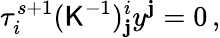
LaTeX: \tau_{i}^{s+1}(\mathsf{K}^{-1})_{\mathbf{j}}^{i}y^{\mathbf{j}}=0\, ,